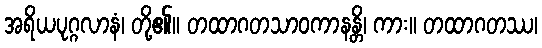
အရိယပုဂ္ဂလာနံ၊ တို့၏။ တထာဂတသာဝကာနန္တိ၊ ကား။ တထာဂတဿ၊